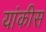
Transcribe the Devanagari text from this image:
यांकीस